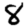
Digit: 8